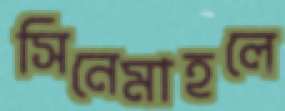
সিনেমাহলে